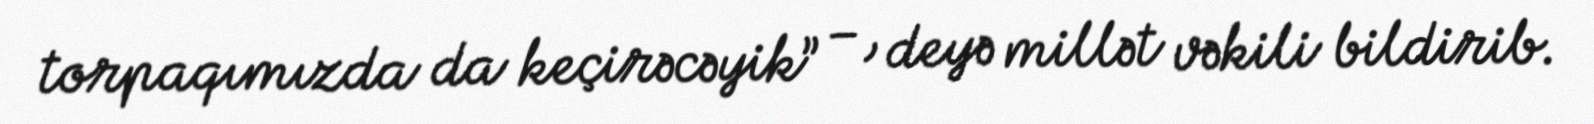
torpaqımızda da keçirəcəyik” –, deyə millət vəkili bildirib.